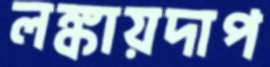
লঙ্কায়দাপ